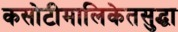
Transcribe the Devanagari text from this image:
कसोटीमालिकेतसुद्धा